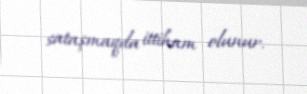
sataşmaqda ittiham olunur.